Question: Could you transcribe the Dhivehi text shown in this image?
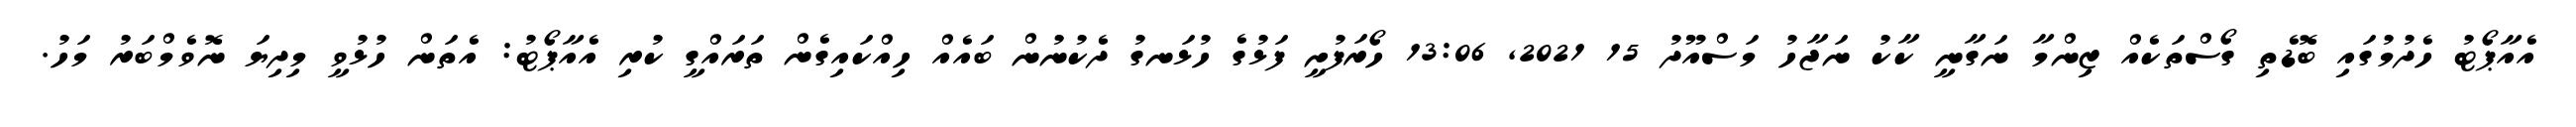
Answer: އެއާޕޯޓު ހެދުމުގައި ބޮޑެތި ގޯސްތަކެއް ޒިންމާ ނަގާނީ ކާކު ނަޖާހު މަސްއޫދު 15 2021, 13:06 ހޯރަފުށީ ފަޅުގެ ހުޅަނގު ދެކުނުން ބައެއް ހިއްކައިގެން ތަރައްގީ ކުރި އެއާޕޯޓު: އެތަން ހުޅުވީ މިދިޔަ ނޮވެމްބަރު މަހު.